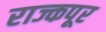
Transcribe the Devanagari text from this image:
राज्कपूर